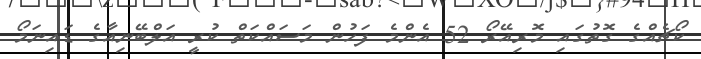
ކޯޗެއްގެ ގޮތުގައި މޮރިއޭރޯ 52 އެންމެ ފަހުން މަސައްކަތް ކުރީ އަލްބޭނިއާގެ ޑައިނަމޯ